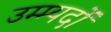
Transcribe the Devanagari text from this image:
उम्म्यदों